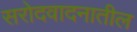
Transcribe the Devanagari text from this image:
सरोदवादनातील